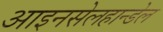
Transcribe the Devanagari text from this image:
आइनसेलहान्डेल